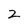
Character: 2